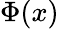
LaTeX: \Phi(x)